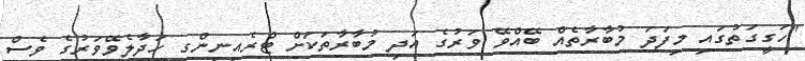
"ހަގީގަތުގައި މިފަދަ މުބާރާތެއް ބޭއްވޭ ވަރުގެ އަދި މުބާރާތަކަށް ޓްރެއިނިންގ ހަދާލެވޭވަރުގެ ވެސް